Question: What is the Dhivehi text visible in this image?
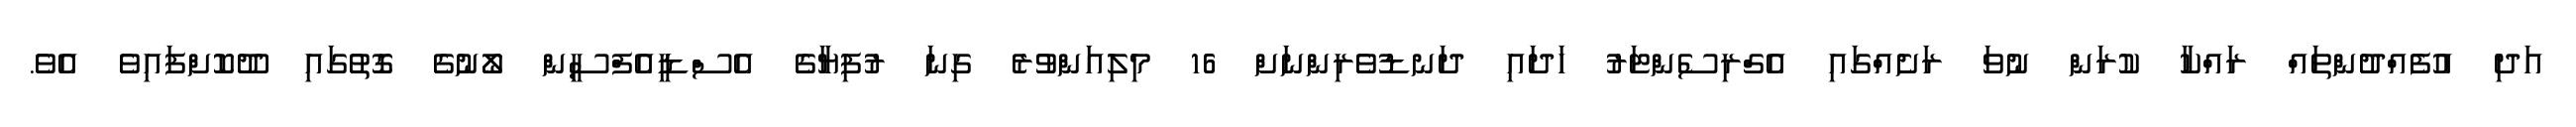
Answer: އަދި އުފެއްދުންތައް ރައްކާ ކުރަން ނުވަ ރަށެއްގައި އެގްރިސެންޓަރު ހަދައި ދަނޑުވެރިންނަށް 16 މިލިއަންވުރެ ގިނަ ރުފިޔާގެ އެސްޑީއެފްސީން ލޯނުގެ ގޮތުގައި ދޫކޮށްފައިވެ އެވެ.